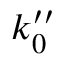
k _ { 0 } ^ { \prime \prime }